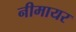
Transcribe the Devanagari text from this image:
नीमायर